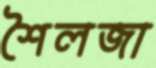
শৈলজা